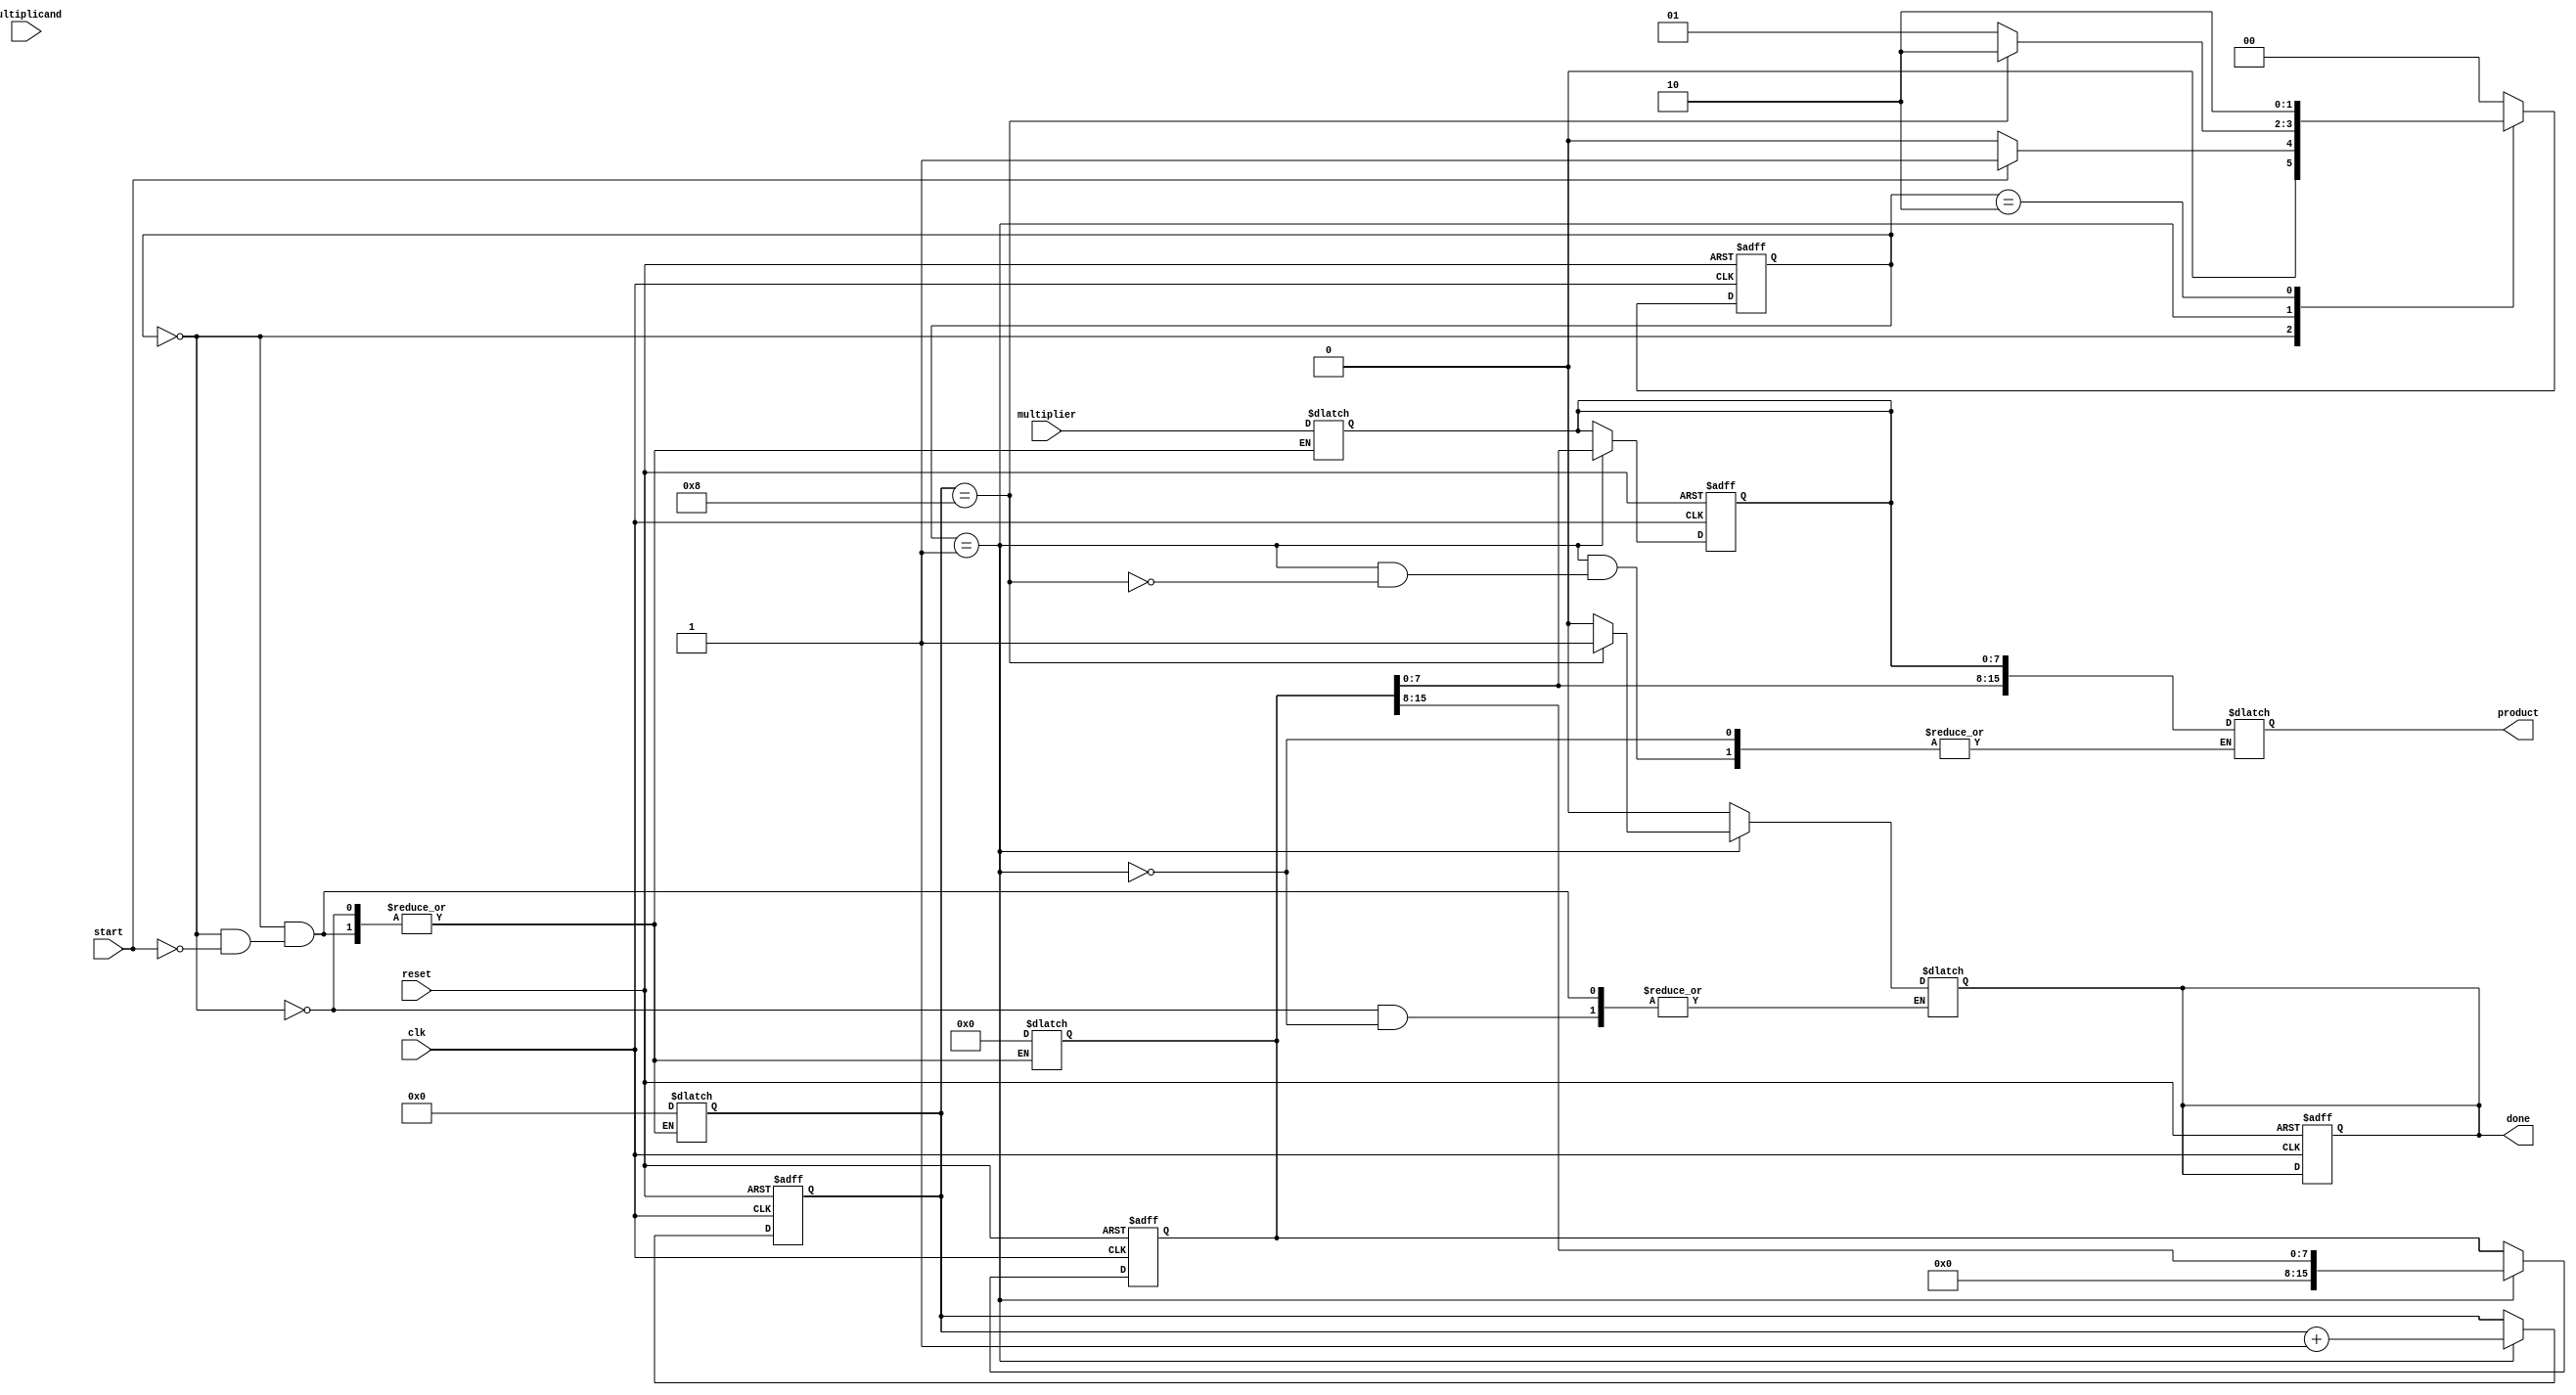
module booth_multiplier(
    input wire clk,
    input wire reset,
    input wire start,
    input wire [7:0] multiplicand,  // Example: 8-bit signed multiplicand
    input wire [7:0] multiplier,     // Example: 8-bit signed multiplier
    output reg [15:0] product,       // Example: 16-bit signed product
    output reg done                  // Signal to indicate operation complete
);

// Registers
reg signed [7:0] A;     // Multiplicand
reg signed [7:0] Q;     // Multiplier
reg signed [7:0] Q_1;   // Previous bit of Q
reg signed [15:0] M;    // Accumulator
reg [3:0] count;        // Bit count

// State management
parameter IDLE = 2'b00, PROCESS = 2'b01, DONE = 2'b10;
reg [1:0] state, next_state;

// Sequential logic
always @(posedge clk or posedge reset) begin
    if (reset) begin
        // Reset all registers and state
        A <= 0;
        Q <= 0;
        Q_1 <= 0;
        M <= 0;
        count <= 0;
        state <= IDLE;
        done <= 0;
    end else begin
        state <= next_state;
        if (state == PROCESS) begin
            case ({Q[0], Q_1}) // Last two bits of Q and Q-1
                2'b01: M <= M + A;      // Add A to M
                2'b10: M <= M - A;      // Subtract A from M
                default: ;               // No Operation
            endcase
            
            // Right shift
            {M, Q, Q_1} <= {M[15], M[14:0], Q[7:1], Q[0]}; // Shift right
            Q_1 <= Q[0]; // Update Q_1
            count <= count + 1; // Increment bit count
        end
    end
end

// Combinational logic for next state and output
always @(*) begin
    case (state)
        IDLE: begin
            if (start) begin
                // Initialize registers
                A = multiplicand;
                Q = multiplier;
                Q_1 = 0;
                M = 0;
                count = 0;
                next_state = PROCESS;
                done = 0;
            end else begin
                next_state = IDLE;
            end
        end
        
        PROCESS: begin
            if (count == 8) begin // Assuming 8-bit multiplication
                product = {M, Q};   // Combine M and Q to form the product
                next_state = DONE; // Move to done state
                done = 1;          // Operation complete
            end else begin
                next_state = PROCESS;
                done = 0;
            end
        end
        
        DONE: begin
            next_state = DONE; // Stay in done state
        end
        
        default: next_state = IDLE;
    endcase
end

endmodule